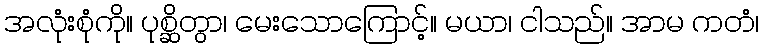
အလုံးစုံကို။ ပုစ္ဆိတွာ၊ မေးသောကြောင့်။ မယာ၊ ငါသည်။ အာမ ကတံ၊